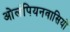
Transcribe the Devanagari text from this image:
ओलंपियनवासियों